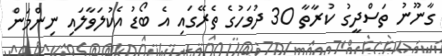
ގާނޫނު ތަސްދީގު ކުރާތާ 30 ދުވަހުގެ ތެރޭގައި އެ ބޯޑު އެކުލަވާލައި ނިންމަން